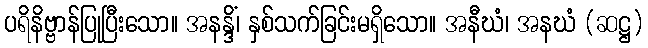
ပရိနိဗ္ဗာန်ပြုပြီးသော။ အနန္ဒိံ၊ နှစ်သက်ခြင်းမရှိသော။ အနီဃံ၊ အနဃံ (ဆဋ္ဌ)